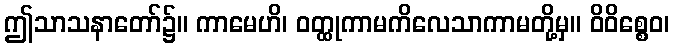
ဤသာသနာတော်၌။ ကာမေဟိ၊ ဝတ္ထုကာမကိလေသာကာမတို့မှ။ ဝိဝိစ္စေဝ၊